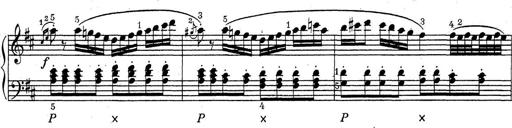
Title: ÄŒeskÃ© Sonatiny
Composer: Various